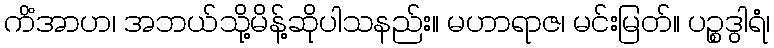
ကိံအာဟ၊ အဘယ်သို့မိန့်ဆိုပါသနည်း။ မဟာရာဇ၊ မင်းမြတ်။ ပဉ္စဒွါရံ၊